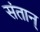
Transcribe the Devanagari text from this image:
संतान्